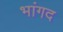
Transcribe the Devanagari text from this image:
भांगद